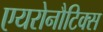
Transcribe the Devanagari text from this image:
एयरोनौटिक्स